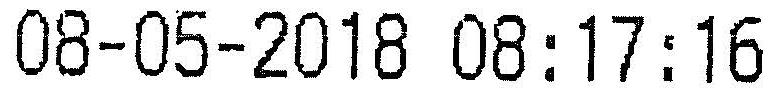
08-05-2018 08:17:16